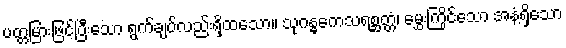
ပတ္တမြားဖြင့်ပြီးသော ရွက်ချပ်လည်းရှိထသော။ သုဂန္ဓကေသရစ္ဆတ္တံ၊ မွှေးကြိုင်သော အနံ့ရှိသော